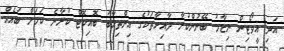
އަދި އީވޯޓިން ނިޒާމު ބޭނުންކުރާ ދާއިރާތަކުގެ އިންތިޚާބު ބޮއިކޮޓް ކުރާނެ ކަމަށް ބައެއް